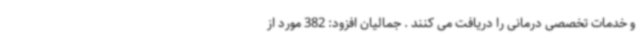
و خدمات تخصصی درمانی را دریافت می کنند . جمالیان افزود: 382 مورد از